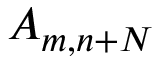
A _ { m , n + N }